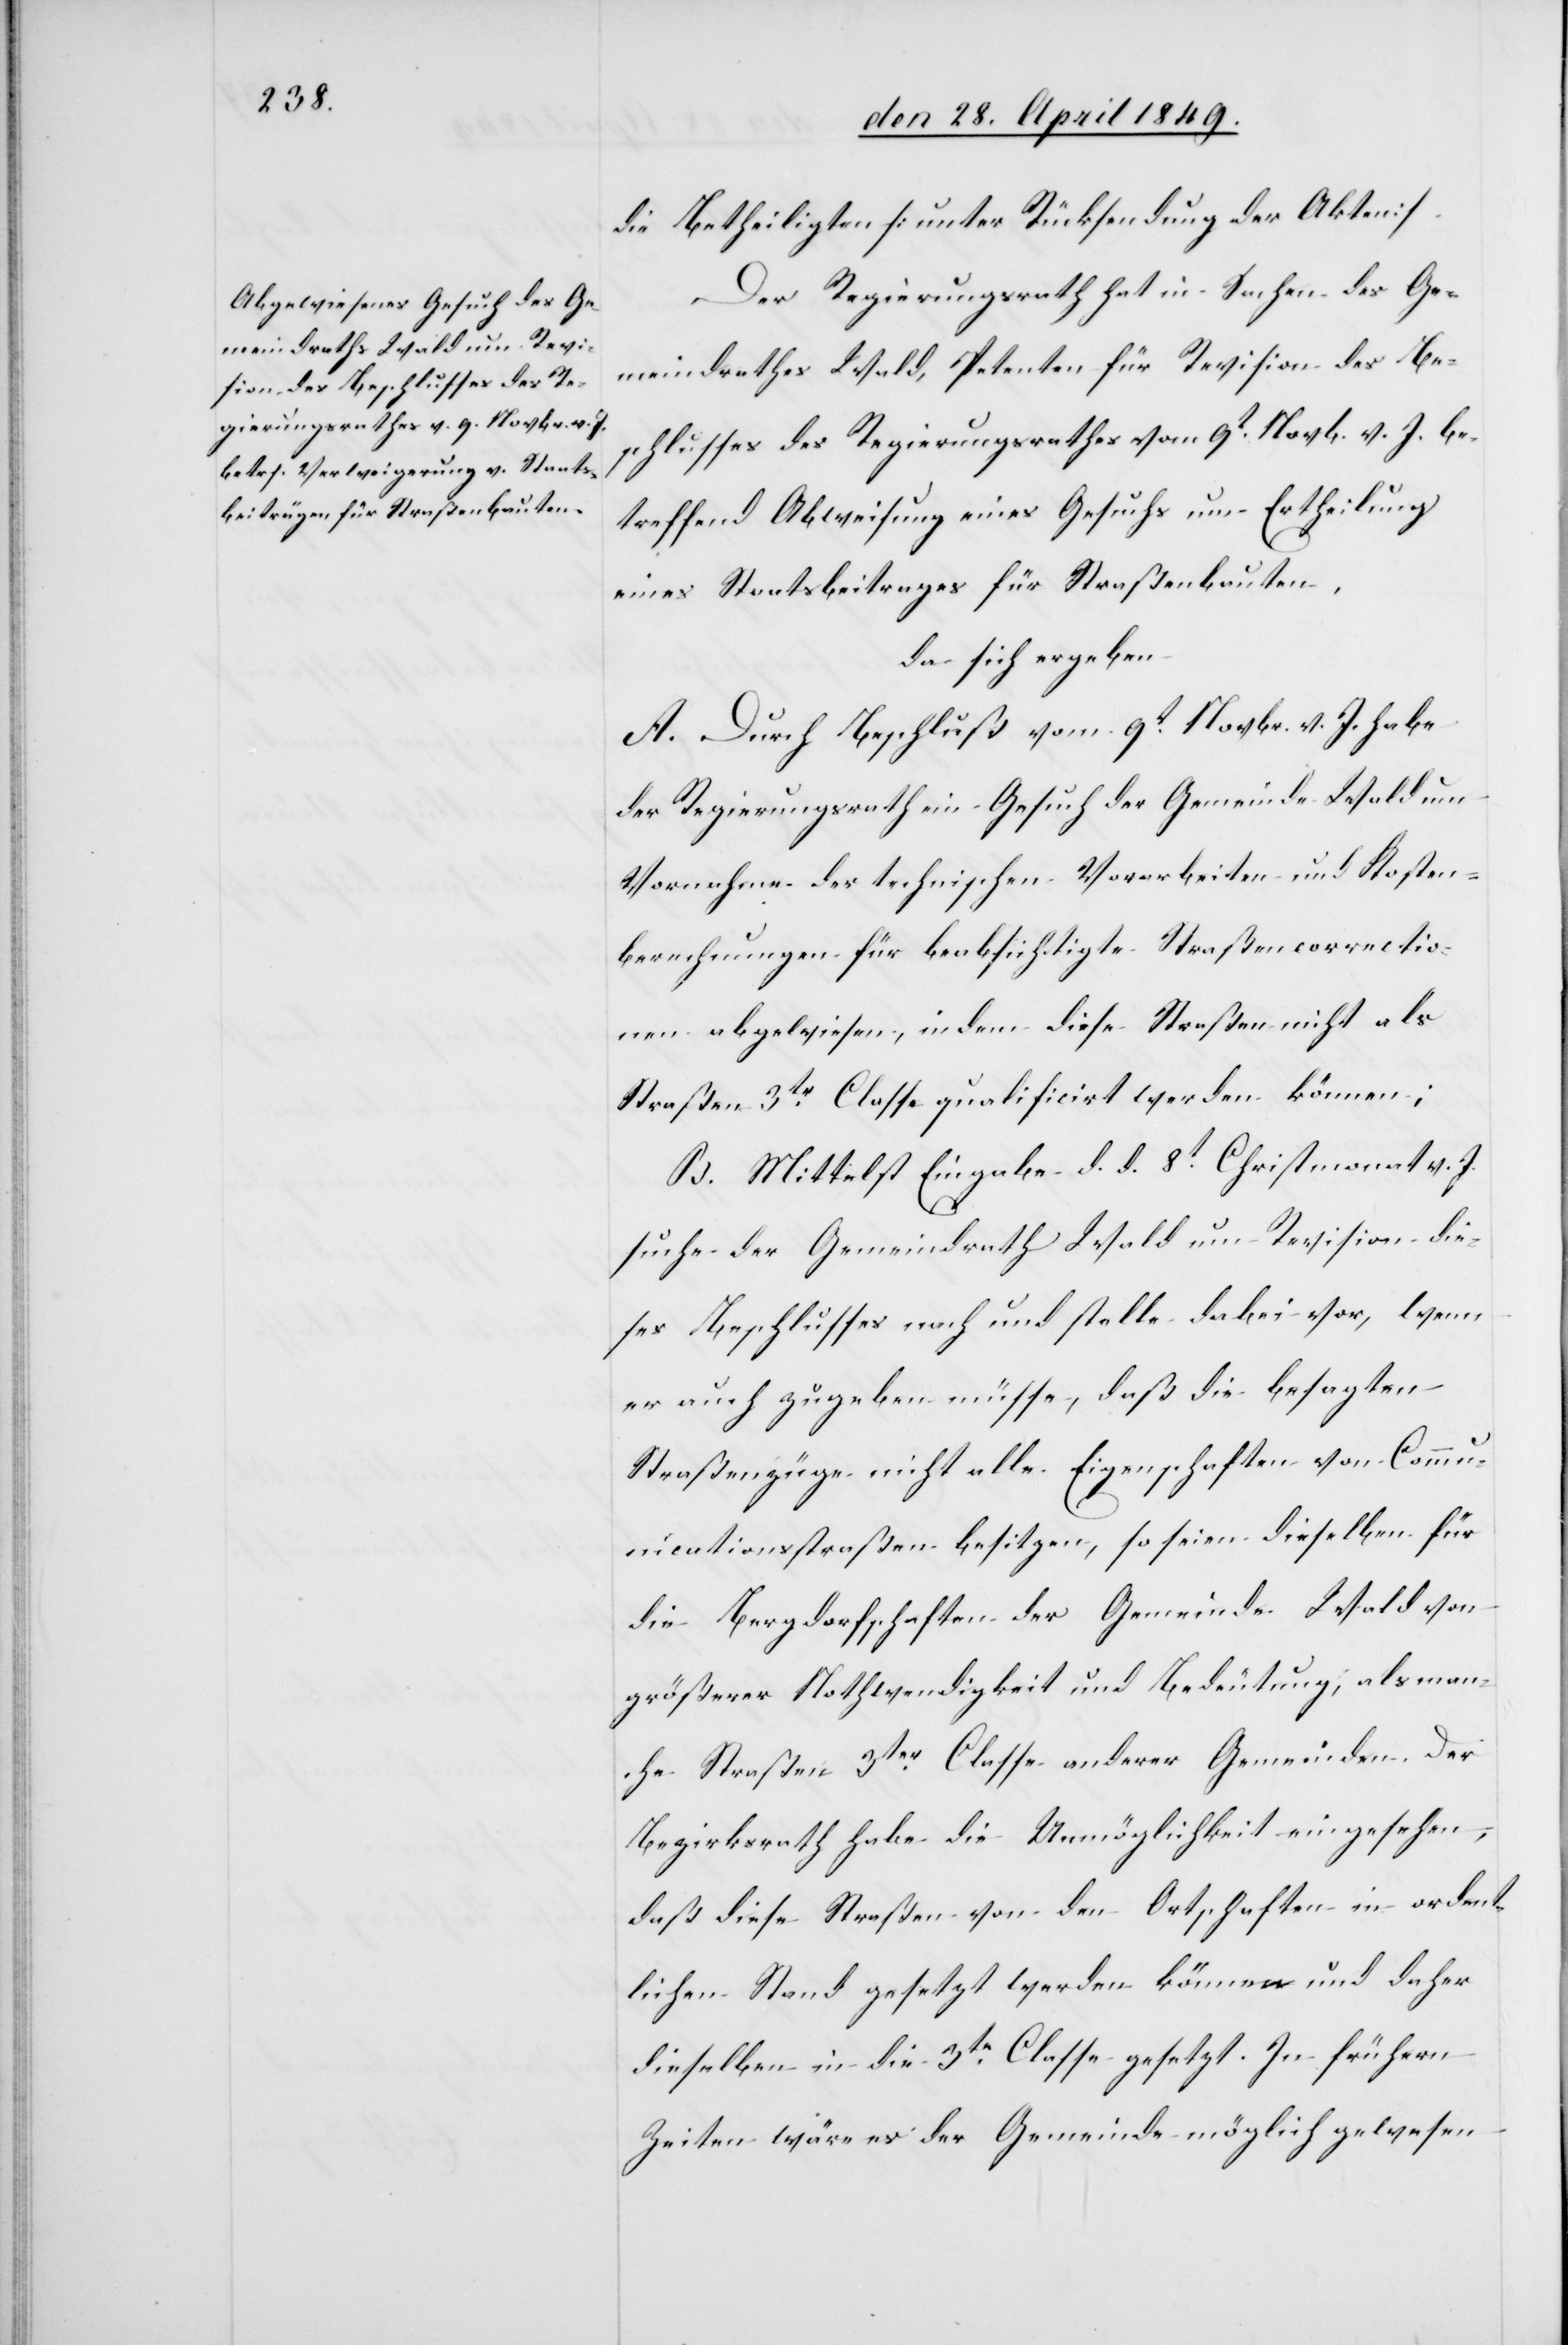
die Betheiligten [unter Rücksendung der Akten][.]
Der Regierungsrath hat in Sachen des Ge¬
meindrathes Wald, Petenten für Revision des Be¬
schlusses des Regierungsrathes vom 9t Novb. v. J. be¬
treffend Abweisung eines Gesuchs um Ertheilung
eines Staatsbeitrages für Straßenbauten,
da sich ergeben:
A. Durch Beschluß vom 9t Novbr. v. J. habe
der Regierungsrath ein Gesuch der Gemeinde Wald um
Vornahme der technischen Vorarbeiten und Kosten¬
berechnungen für beabsichtigte Straßencorrekctio¬
nen abgewiesen, indem diese Straßen nicht als
Straßen 3tr Classe qualifiziert werden können;
B. Mittelst Eingabe d. d. 8t Christmonat v. J.
suche der Gemeindrat Wald um Revision die¬
ses Beschlusses nach und stelle dabei vor, wenn
er auch zugeben müsse, daß die besagten
Straßenzüge nicht alle Eigenschaften von Comm¬
unicationsstraßen besitzen, so seien dieselben für
die Bergdorfschaften der Gemeinde Wald von
größerer Nothwendigkeit und Bedeutung, als man¬
che Straßen 3ter Classe anderer Gemeinden. Der
Bezirksrath habe die Unmöglichkeit eingesehen,
daß diese Straßen von den Ortschaften in ordent¬
lichen Stand gesetzt werden können und daher
dieselben in die 3te Classe gesetzt. In frühern
Zeiten wäre es der Gemeinde möglich gewesen